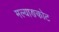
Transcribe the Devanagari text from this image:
मल्याङकोट